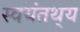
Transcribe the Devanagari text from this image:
स्वयंतथ्‌य